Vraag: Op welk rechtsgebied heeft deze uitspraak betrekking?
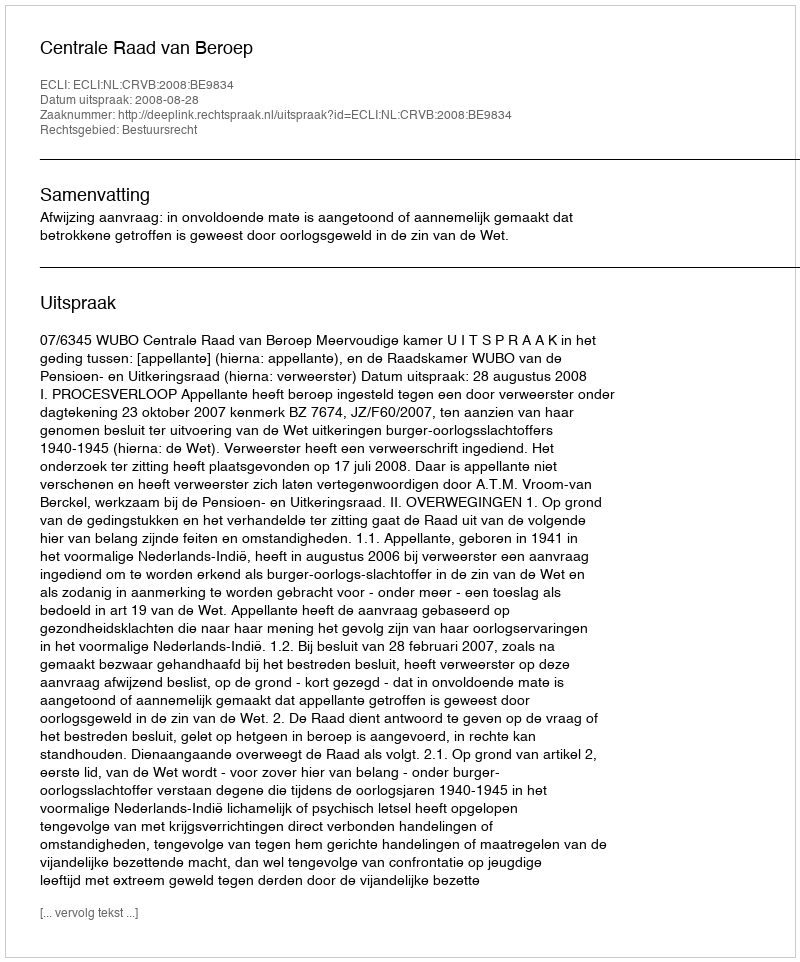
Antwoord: Bestuursrecht